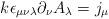
LaTeX: \begin{align*}k\epsilon_{\mu\nu\lambda}\partial_\nu A_\lambda = j_\mu\end{align*}